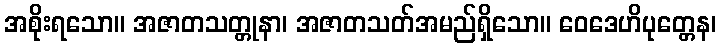
အစိုးရသော။ အဇာတသတ္တုနာ၊ အဇာတသတ်အမည်ရှိသော။ ဝေဒေဟိပုတ္တေန၊